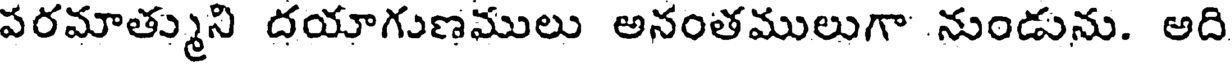
పరమాత్ముని దయాగుణములు అనంతములుగా నుండును. అది